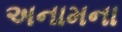
અનામના